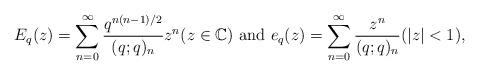
LaTeX: \begin{align*}E_{q}(z)=\sum_{n=0}^{\infty}\frac{q^{n(n-1)/2}}{(q;q)_{n}}z^{n} (z\in\mathbb{C}) \mbox{ and } e_{q}(z)=\sum_{n=0}^{\infty}\frac{z^{n}}{(q;q)_{n}} (|z|<1),\end{align*}